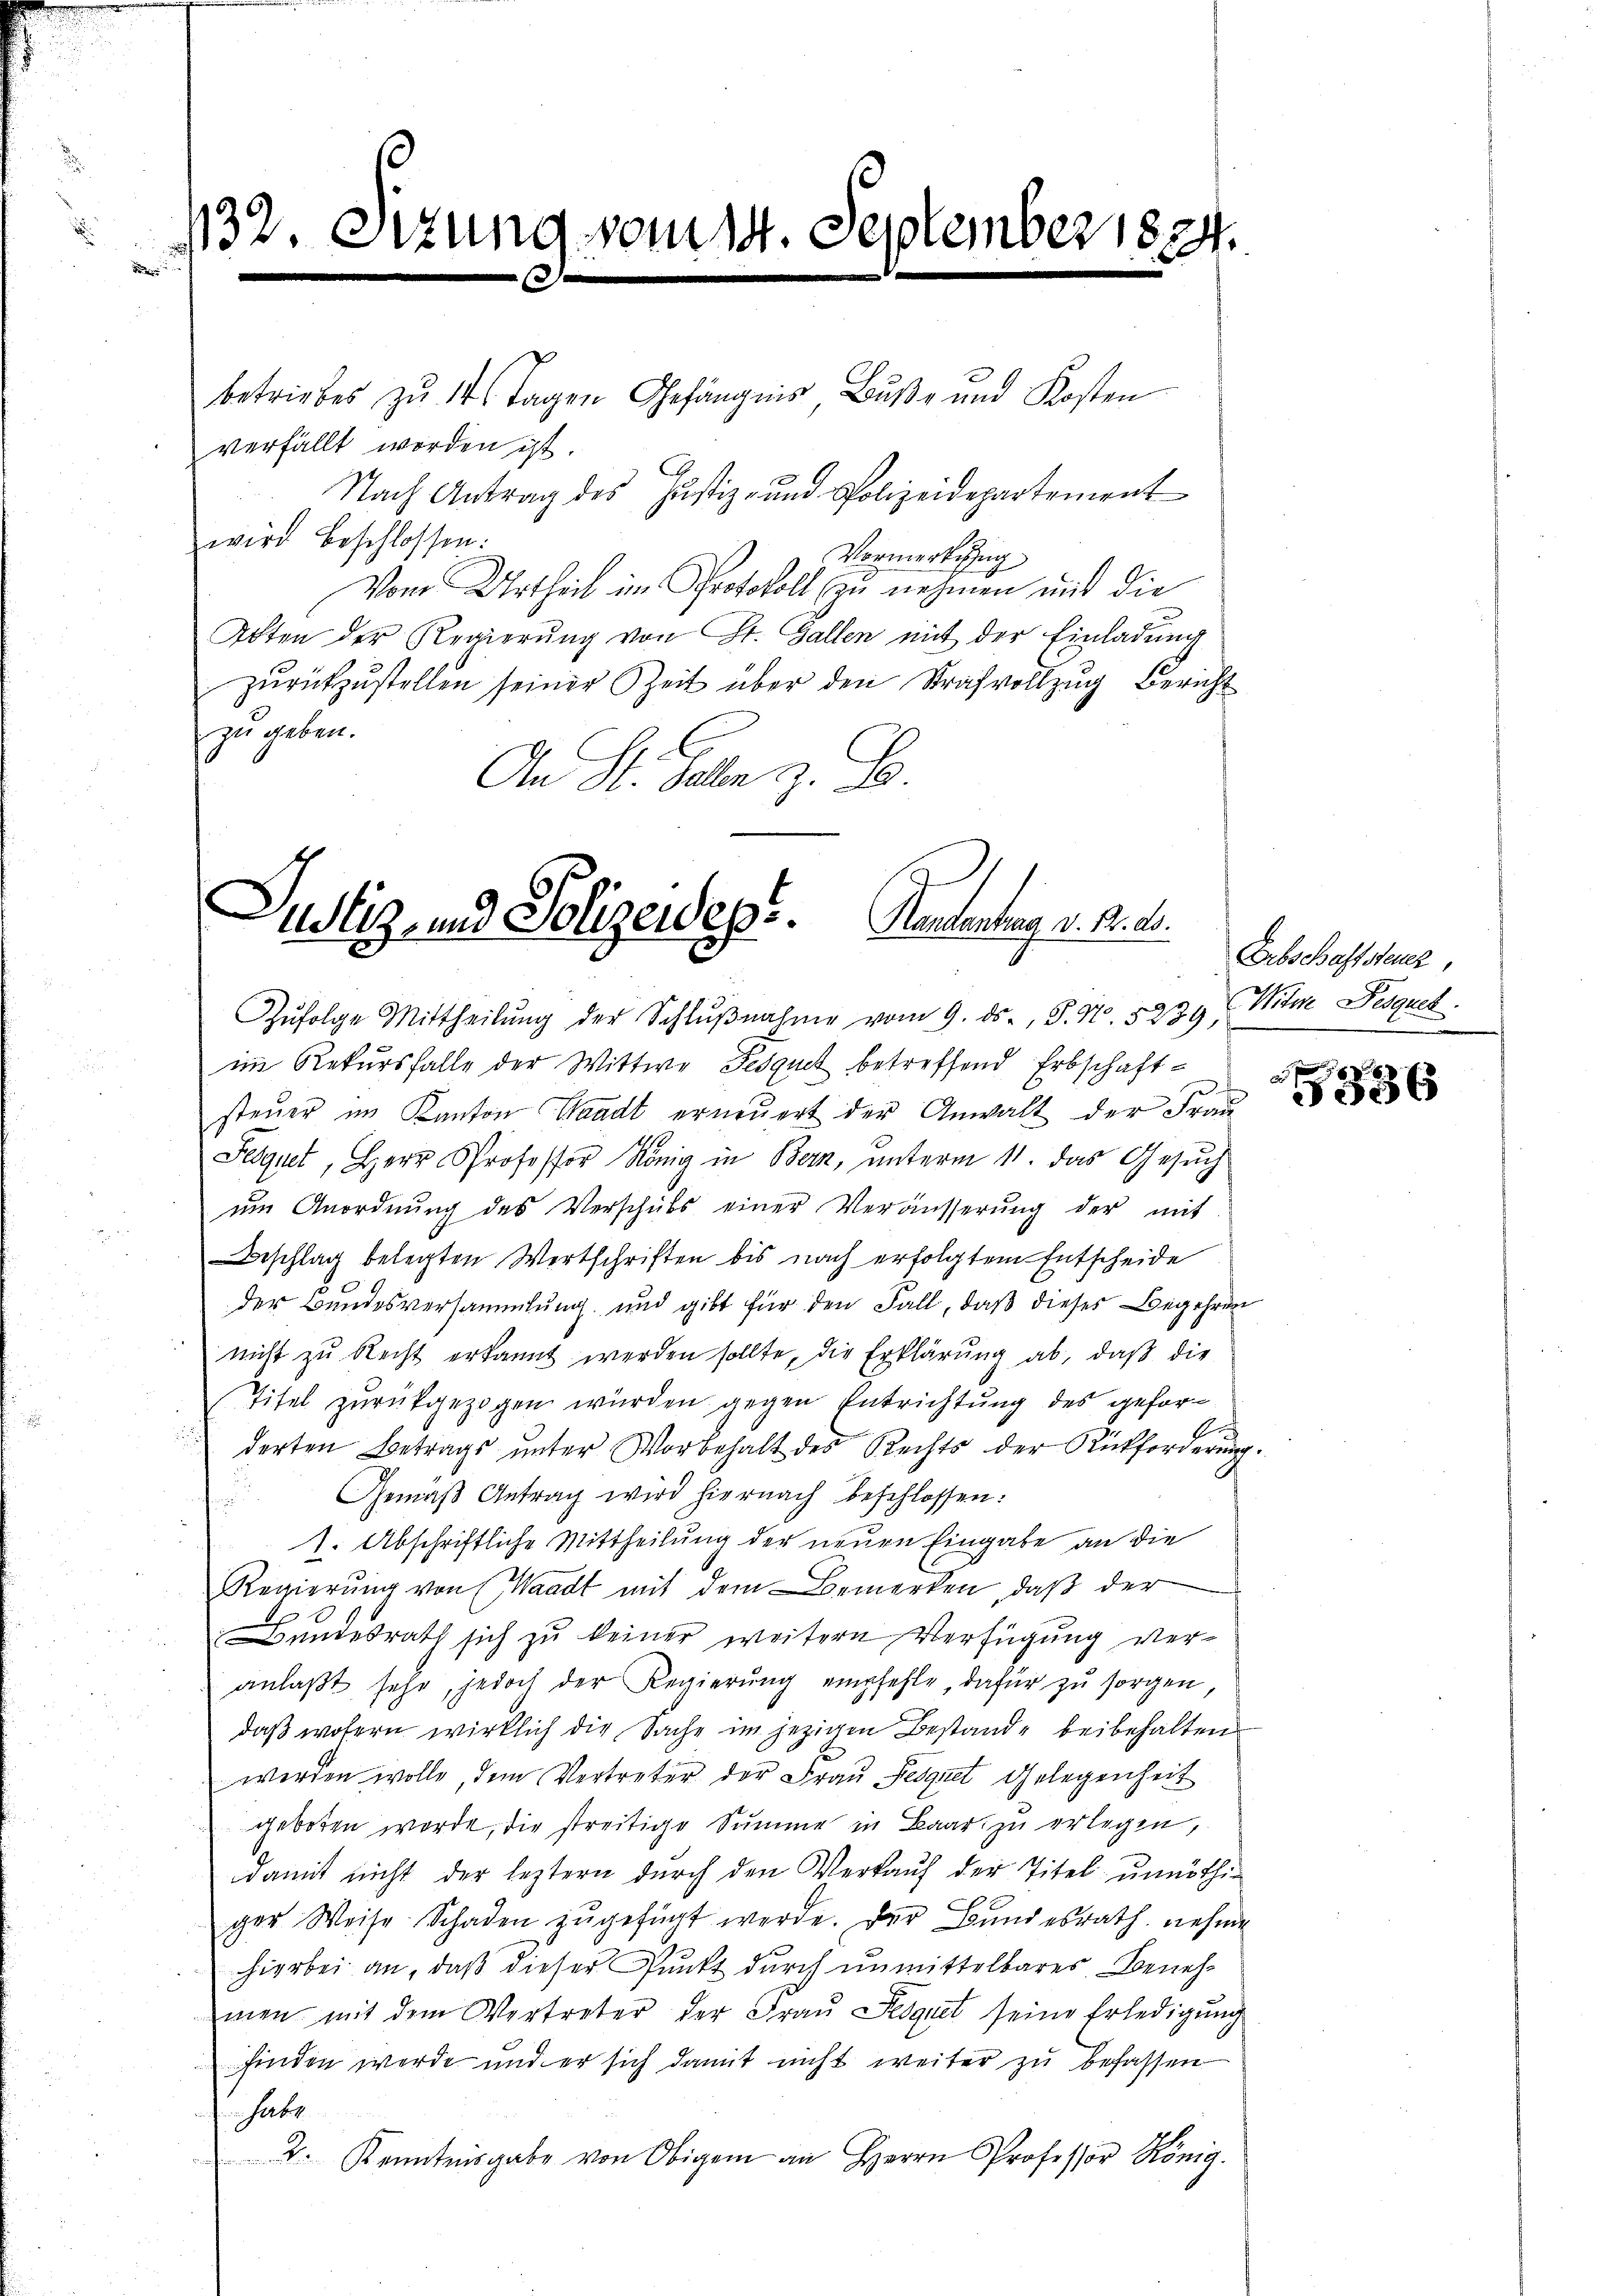
132. Setzung vom 14. September 1824
e
 f 0 x

betriebes zu 14 Tagen Gefängnis Bŭβe und Kosten
verfällt worden ist.
Nach Antrag des Justiz- und Polizeidepartement
wird beschlossen:
Vormerkung
Vom Urtheil im Protokoll zu nehmen und die
Alten der Regierung von St. Gallen mit der Einladung
zŭrückzustellen seiner Zeit über den Strafvollzug Bericht
zu geben.
An St. Galle z. B

Justiz- und Polizeidege. Heutentag v. M. D.

Zŭfolge Mittheilŭng der Schlŭβnahme vom 9. ds., S. N. 5239, Witwe Desguet
im Rekursfalle der Wittwe Fesquel betreffend Erbschaft-
steuer im Kanton Waadt erneuert der Anwalt der Frau
Sequet, Herr Professor König in Bern, unterm 11. das Gesuch
ŭm Anordnŭng des Verschŭls einer Veräusserŭng der mit
Beschlag belegten Wertschriften bis nach erfolgtem Entscheide
der Bundesversammlung und gibt für den Fall, daß dieses Begehren
nicht zu Recht erkannt werden sollte, die Erklärung ab, daß die
Titel zurückgezogen wurden gegen Entrichtung des gefor¬
A
derten Betrags unter Vorbehalt des Rechts der Rückforderung.
Gemäß Antrag wird hiernach beschlossen:
1. Abschriftliche Mittheilung der neuen Eingabe an die
Regierung von Waadt mit dem Bemerken, daß der
Bundesrath sich zu keiner weitern Verfügung veranlaβt sehr, jedoch der Regierŭng empfehle, dafür zu sorgen,
daß wofern wirklich die Sache im jezigen Bestande beibehalten
werden wolle, dem Vertreter der Frau eignet Gelegenheit
geboten werde, die streitige Summe in Baar zu erlegen,
damit nicht der leztern durch den Verkauf der Titel unnöthi-
ger Weise Schaden zugefügt werde. Der Bundesrath nehme
hierbei an, daß dieser Punkt durch unmittelbares Benehmen mit dem Vertreter der Fraŭ Sequet seine Erledigung
finden werde und er sich damit nicht weiter zu befassen
habe
2. Kenntnisgabe von Obigen an Herrn Professor König.

Erbschaftsteuer,

2
5336